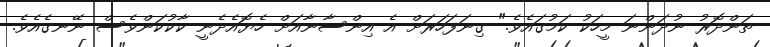
ތަންދޮރު ނުދަންނަ މީހަކު ކަމުގައެވެ." ގިނަފަހަރަށް އެ އިންސާނާއަށް ހެޔޮއެދެނީ ކާކުކަންވެސް ނޭނގެއެވެ.